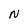
Character: N